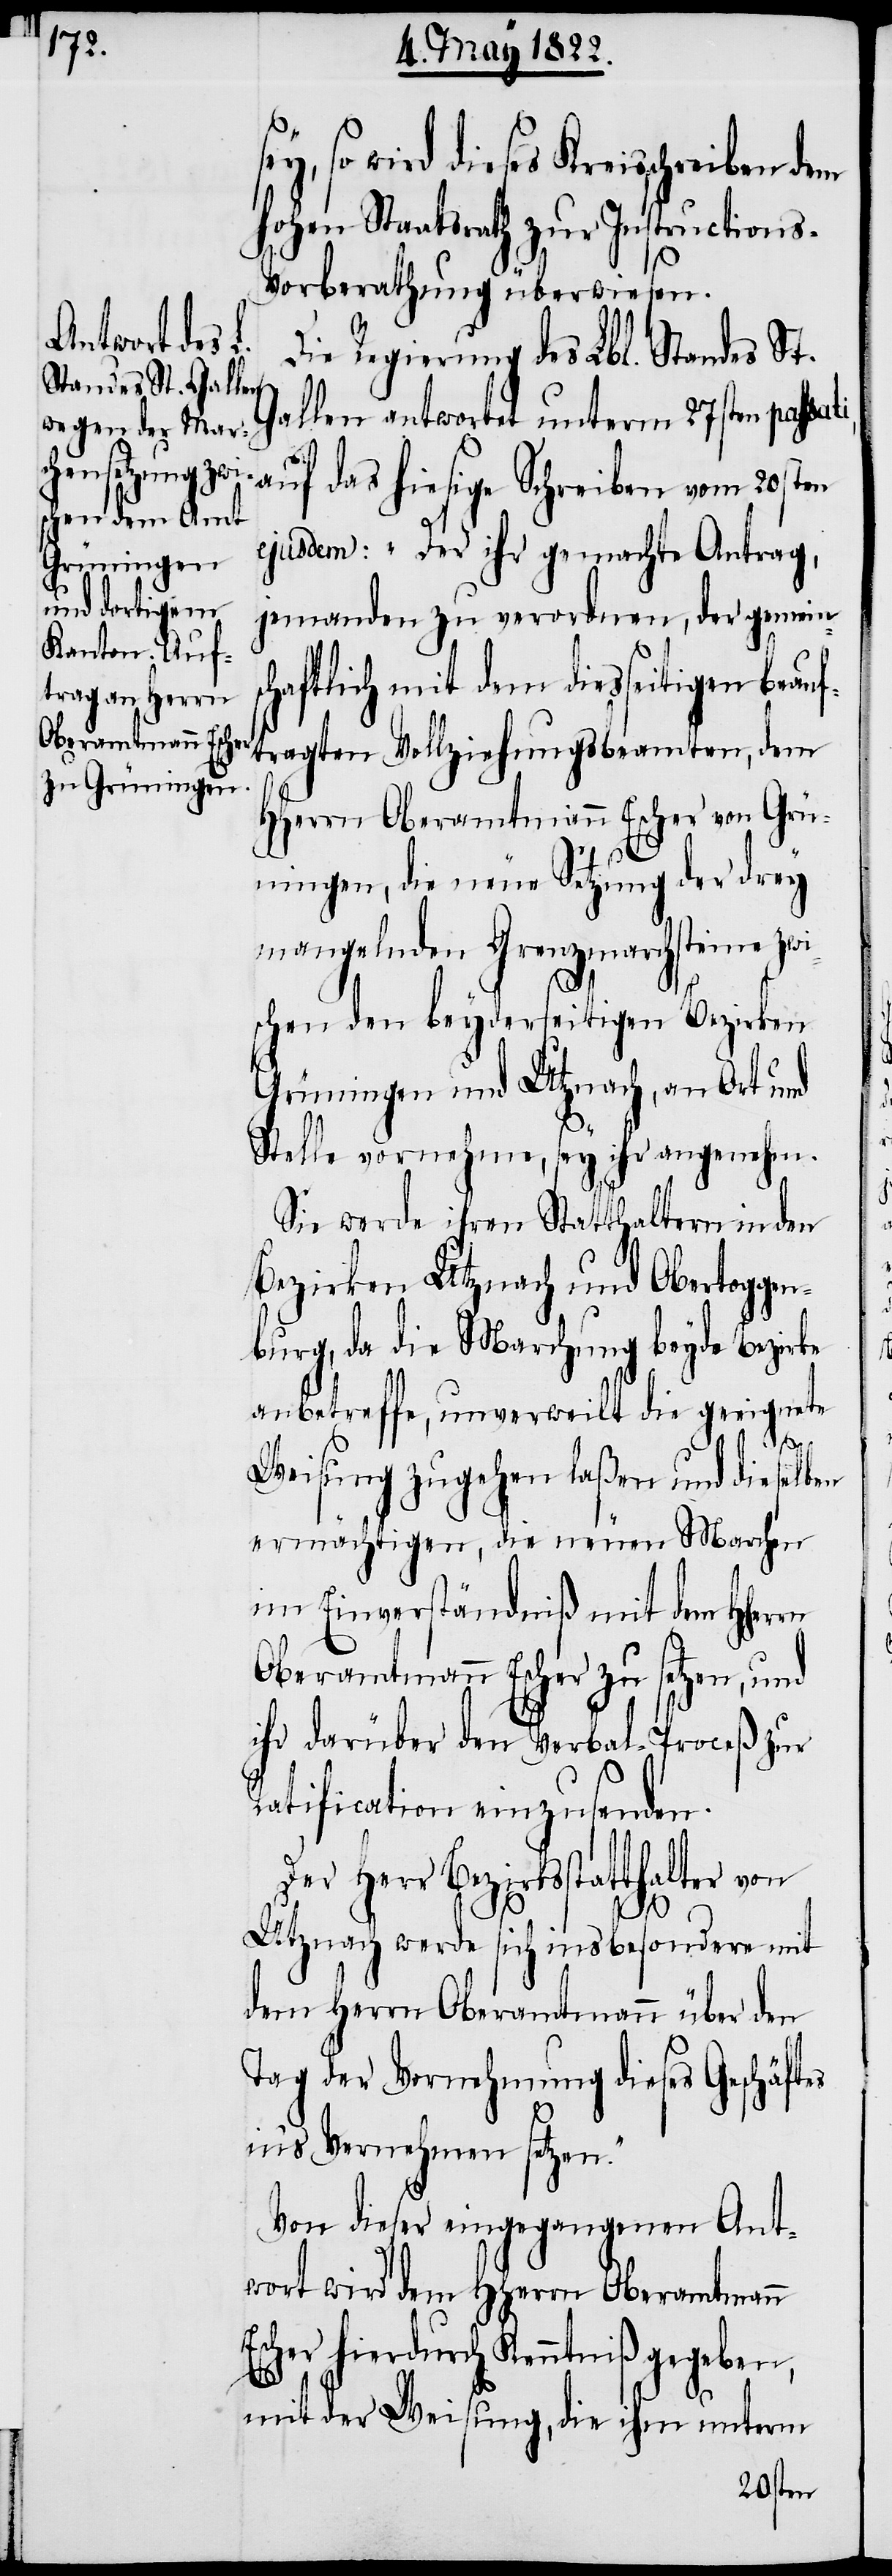
so wird dieses Kreisschreiben dem
hohen Staatsrath zur Instruction¬
s-Vorberathung überwiesen.
Die Regierung des Lbl. Standes St.
Gallen antwortet unterm 27sten passati,
rn
auf das hiesige Schreiben vom 20sten
ejusdem: „Der ihr gemachte Antrag,
jemanden zu verordnen, der gemein¬
schaftlich mit dem diesseitigen beauf¬
tragten Vollziehungsbeamten, dem
HHerrn Oberamtmann Escher von Grü¬
ningen, die neue Setzung der drey
mangelnden Grenzmarchsteine zwi¬
schen den beyderseitigen Bezirken
Grüningen und Utznach, an Ort und
Stelle vornehme, sey ihr angenehm.
Sie werde ihren Statthaltern in den
Bezirken Utznach und Obertoggen¬
burg, da die Marchung beyde Bezirke
anbetreffe, unverweilt die geeignete
sey,
Weisung zugehen laßen und dieselb¬
ermächtigen, die neuen Marchen
im Einverständnis mit dem HHer¬
Oberamtmann Escher zu setzen, und
ihr darüber den Verbal-Proceß zur
Ratification einzusenden.
Bezirksstatthalter von
Utznach werde sich insbesondere mit
dem Herrn Oberamtmann über den
Tag der Vornehmung dieses Geschäftes
in’s Vernehmen setzen.“
Von dieser eingegangenen Ant¬
wort wird dem HHerrn Oberamtmann
Escher hierdurch Kenntniß gegeben,
mit der Weisung, die ihm unterm